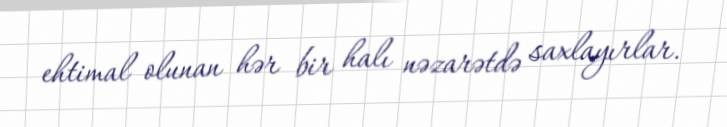
ehtimal olunan hər bir halı nəzarətdə saxlayırlar.